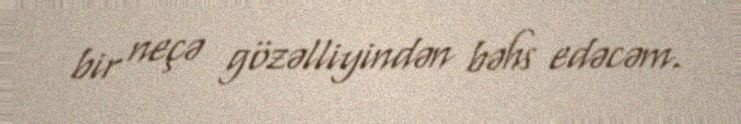
bir neçə gözəlliyindən bəhs edəcəm.